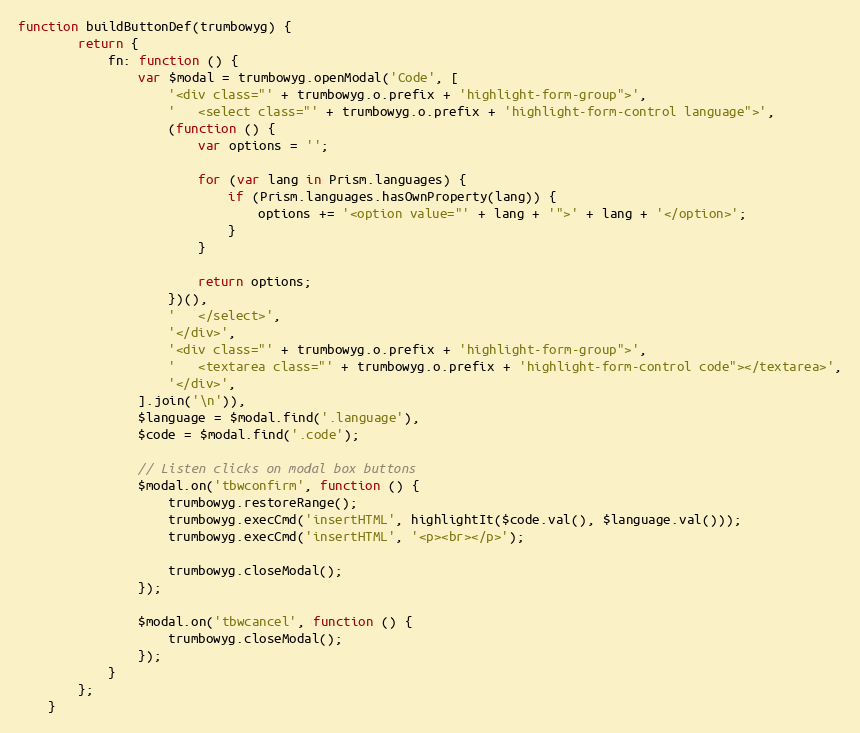
Language: JavaScript
function buildButtonDef(trumbowyg) {
        return {
            fn: function () {
                var $modal = trumbowyg.openModal('Code', [
                    '<div class="' + trumbowyg.o.prefix + 'highlight-form-group">',
                    '   <select class="' + trumbowyg.o.prefix + 'highlight-form-control language">',
                    (function () {
                        var options = '';

                        for (var lang in Prism.languages) {
                            if (Prism.languages.hasOwnProperty(lang)) {
                                options += '<option value="' + lang + '">' + lang + '</option>';
                            }
                        }

                        return options;
                    })(),
                    '   </select>',
                    '</div>',
                    '<div class="' + trumbowyg.o.prefix + 'highlight-form-group">',
                    '   <textarea class="' + trumbowyg.o.prefix + 'highlight-form-control code"></textarea>',
                    '</div>',
                ].join('\n')),
                $language = $modal.find('.language'),
                $code = $modal.find('.code');

                // Listen clicks on modal box buttons
                $modal.on('tbwconfirm', function () {
                    trumbowyg.restoreRange();
                    trumbowyg.execCmd('insertHTML', highlightIt($code.val(), $language.val()));
                    trumbowyg.execCmd('insertHTML', '<p><br></p>');

                    trumbowyg.closeModal();
                });

                $modal.on('tbwcancel', function () {
                    trumbowyg.closeModal();
                });
            }
        };
    }